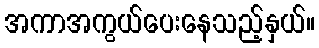
အကာအကွယ်ပေးနေသည့်နှယ်။